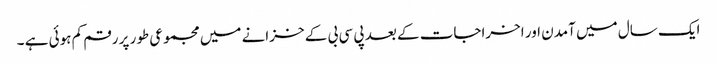
ایک سال میں آمدن اور اخراجات کے بعد پی سی بی کے خزانے میں مجموعی طور پر رقم کم ہوئی ہے ۔